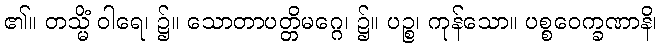
၏။ တသ္မိံ ဝါရေ၊ ၌။ သောတာပတ္တိမဂ္ဂေ၊ ၌။ ပဉ္စ၊ ကုန်သော။ ပစ္စဝေက္ခဏာနိ၊